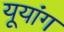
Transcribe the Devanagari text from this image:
यूयांग